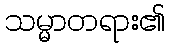
သမ္မာတရား၏